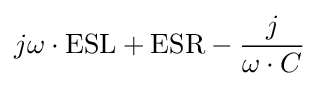
j\omega \cdot {\text{ESL}}+{\text{ESR}}-{\frac {j}{\omega \cdot C}}